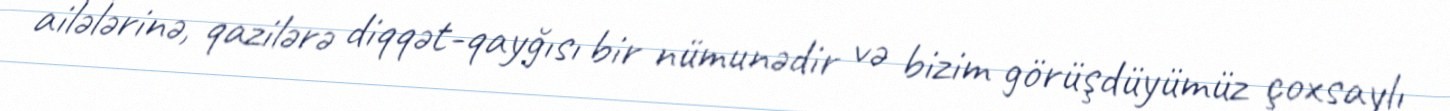
ailələrinə, qazilərə diqqət-qayğısı bir nümunədir və bizim görüşdüyümüz çoxsaylı